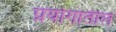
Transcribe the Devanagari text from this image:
प्रयोगातील